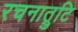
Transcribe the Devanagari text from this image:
रचनात्रुटि